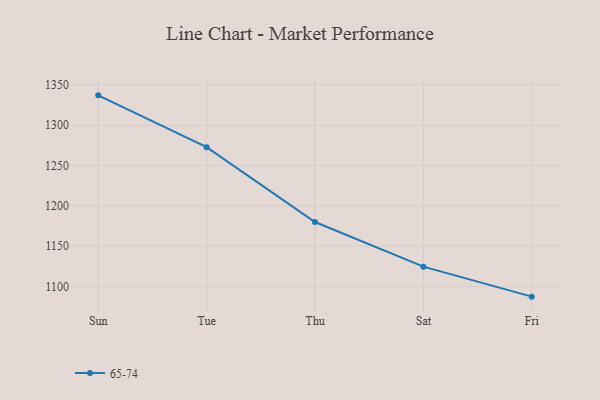
{"axis": {"x": "Day", "y": "Budget (USD K)"}, "legend": ["65-74"], "data": [{"x": "Sun", "y": 1337.0, "type": "65-74"}, {"x": "Tue", "y": 1272.8, "type": "65-74"}, {"x": "Thu", "y": 1180.0, "type": "65-74"}, {"x": "Sat", "y": 1124.7, "type": "65-74"}, {"x": "Fri", "y": 1087.5, "type": "65-74"}]}